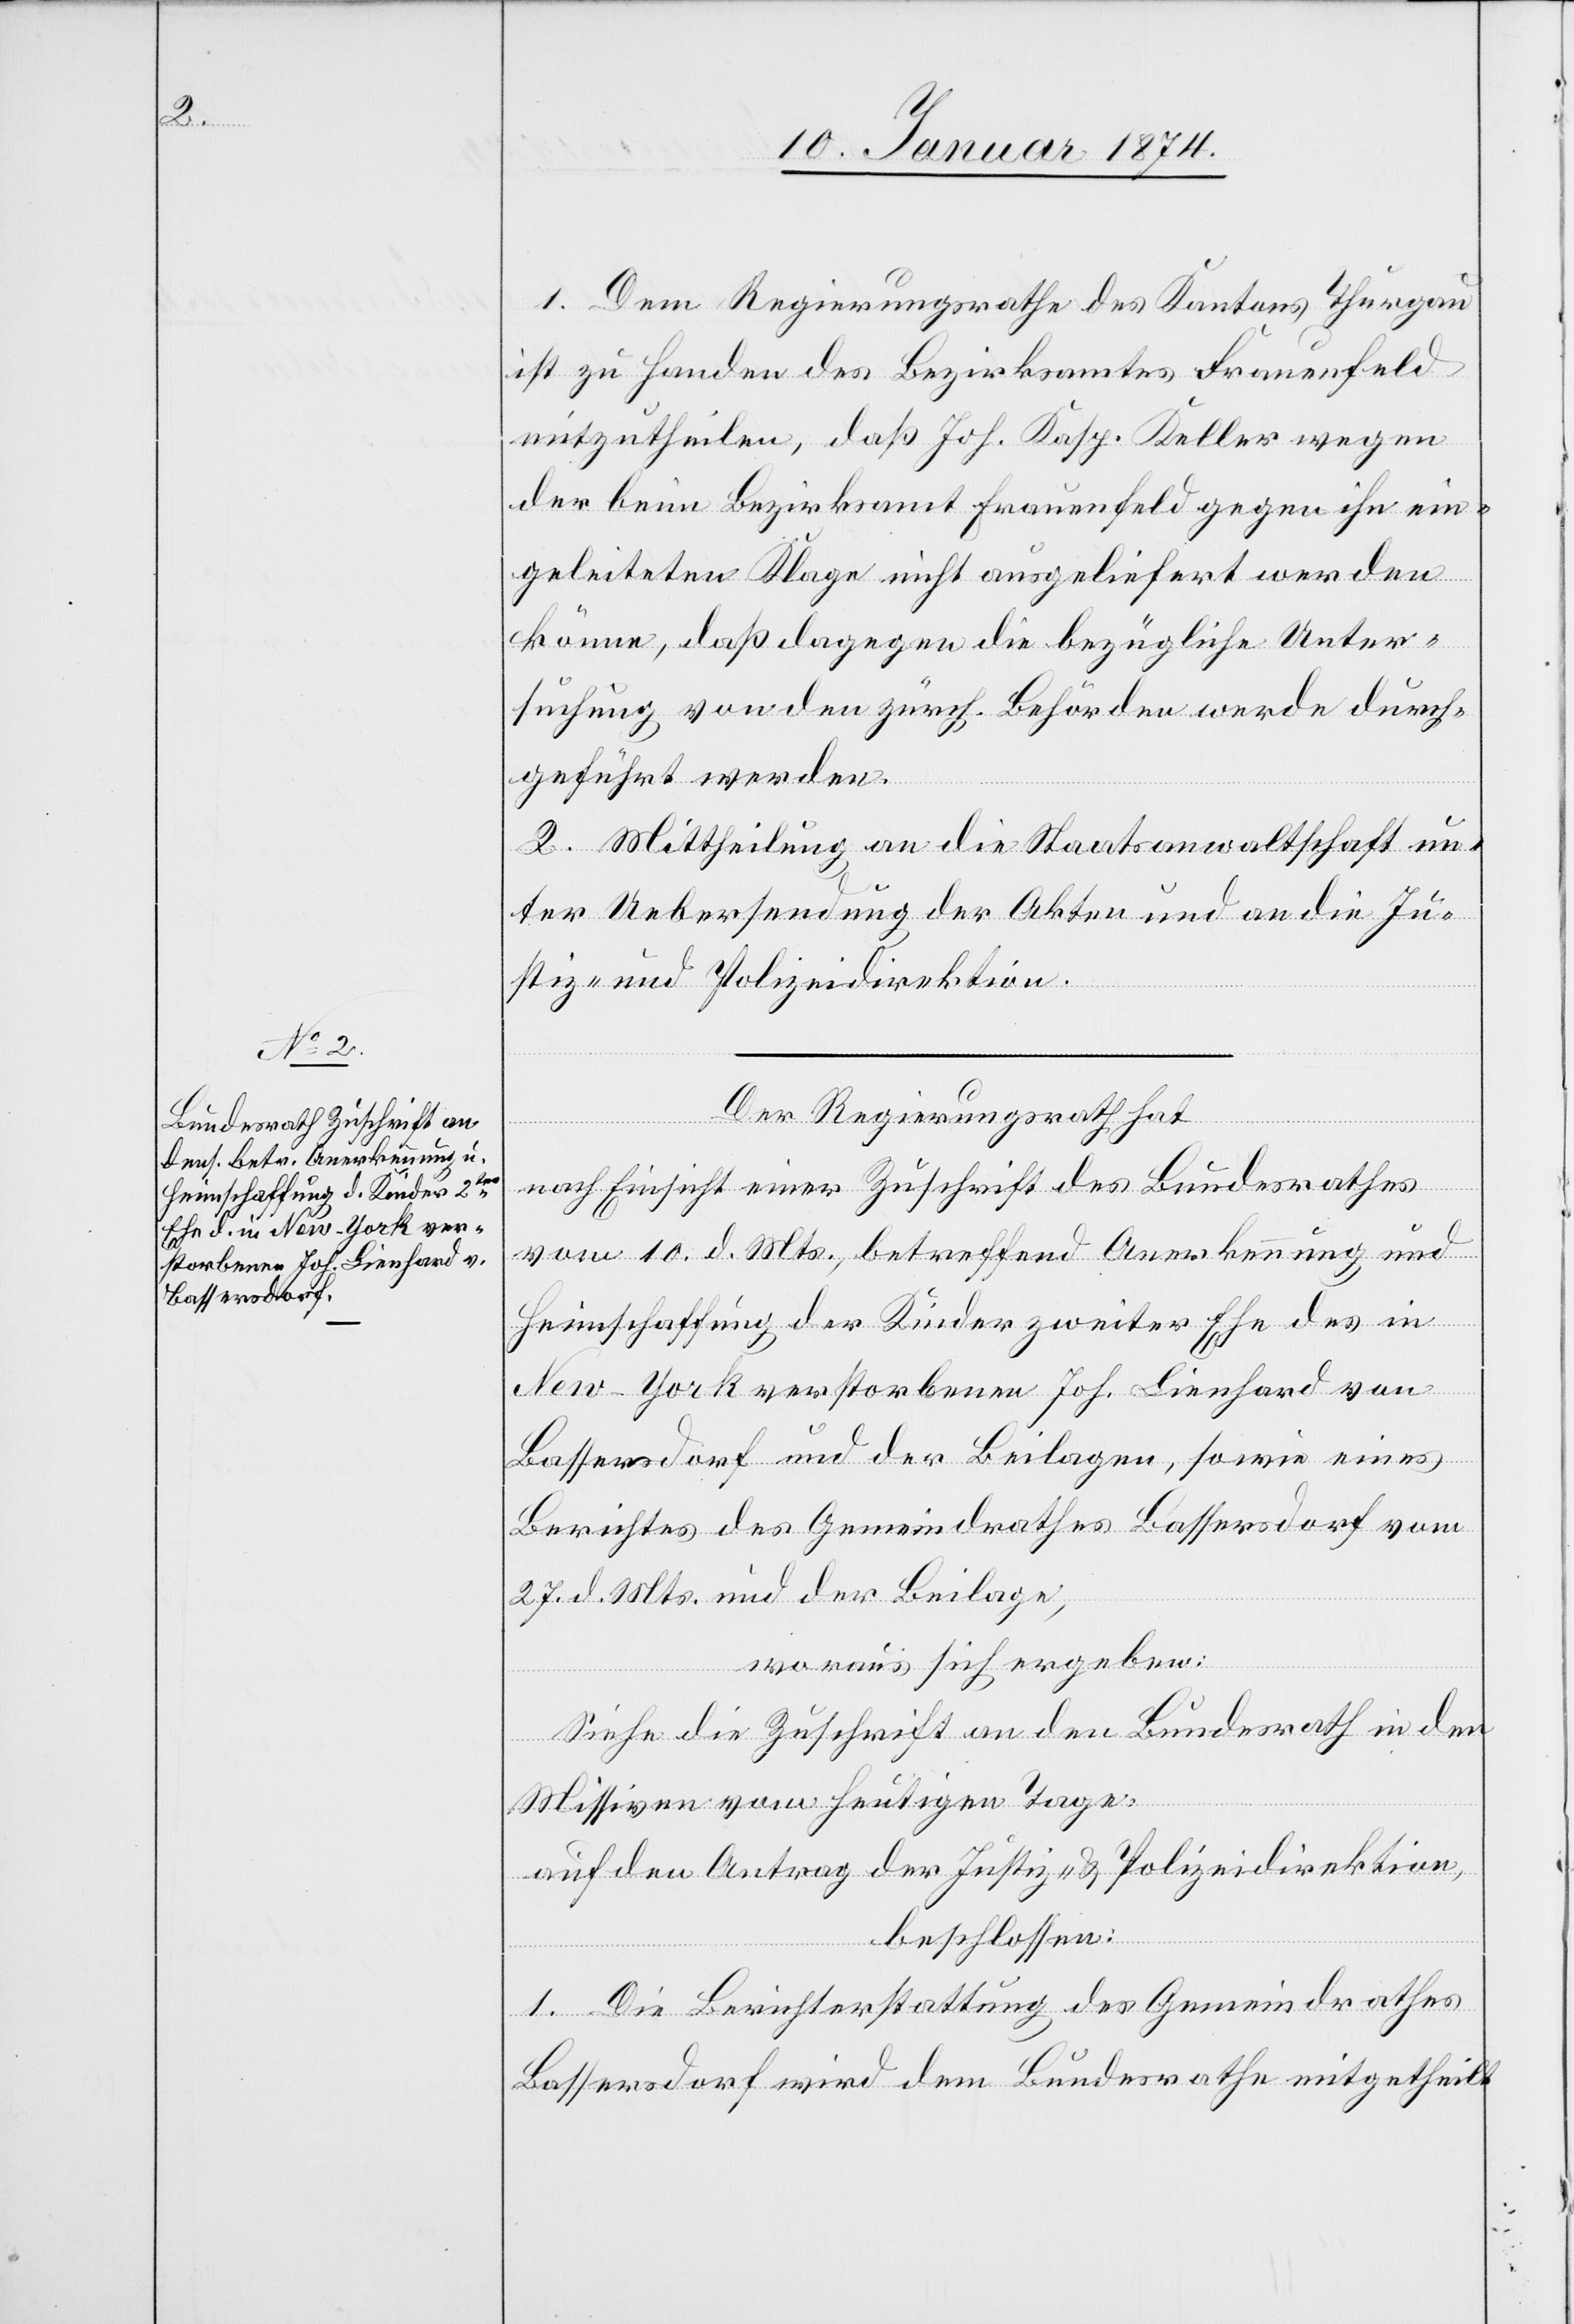
1. Dem Regierungsrathe des Kantons Thurgau
ist zu Handen des Bezirksamtes Frauenfeld
mitzutheilen, daß Joh. Kasp. Keller wegen
der beim Bezirksamt Frauenfeld gegen ihn ein¬
geleiteten Klage nicht ausgeliefert werden
könne, daß dagegen die bezügliche Unter¬
suchung von den zürch. Behörden werde durch¬
geführt werden.
2. Mittheilung an die Staatsanwaltschaft un¬
ter Uebersendung der Akten und an die Ju¬
stiz- und Polizeidirektion.
Der Regierungsrath hat
nach Einsicht einer Zuschrift des Bundesrathes
vom 10. d. Mts., betreffend Anerkennung und
Heimschaffung der Kinder zweiter Ehe des in
New-York verstorbenen Joh. Lienhard von
Bassersdorf und der Beilagen, sowie eines
Berichtes des Gemeindrathes Bassersdorf vom
27. d. Mts. und der Beilage,
woraus sich ergeben:
Siehe die Zuschrift an den Bundesrath in den
Missiven von heutigen Tages,
auf den Antrag der Justiz- & Polizeidirektion,
beschlossen:
1. Die Berichterstattung des Gemeindrathes
Bassersdorf wird dem Bundesrathe mitgetheilt